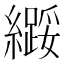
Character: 𫄌